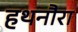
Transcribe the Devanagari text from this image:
हथनौरा